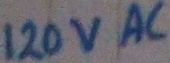
Text: 120VAC